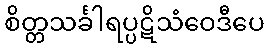
စိတ္တသင်္ခါရပ္ပဋိသံဝေဒီပေ